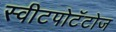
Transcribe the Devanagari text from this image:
स्वीटपोटॅटोज